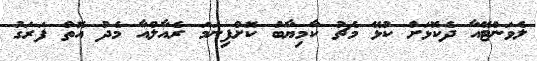
ލެވަންޓޭއާ ދެކޮޅަށް ކުޅޭ މެޗު ކާމިޔާބު ކޮށްފިނަމަ ރެއާލްއާ މެދު އޮތް ފަރަގު